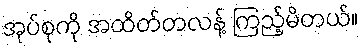
အုပ်စုကို အထိတ်တလန့် ကြည့်မိတယ်။